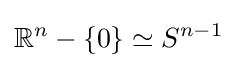
\mathbb {R} ^{n}-\{0\}\simeq S^{n-1}